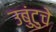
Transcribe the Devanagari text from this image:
उबुंटुचे